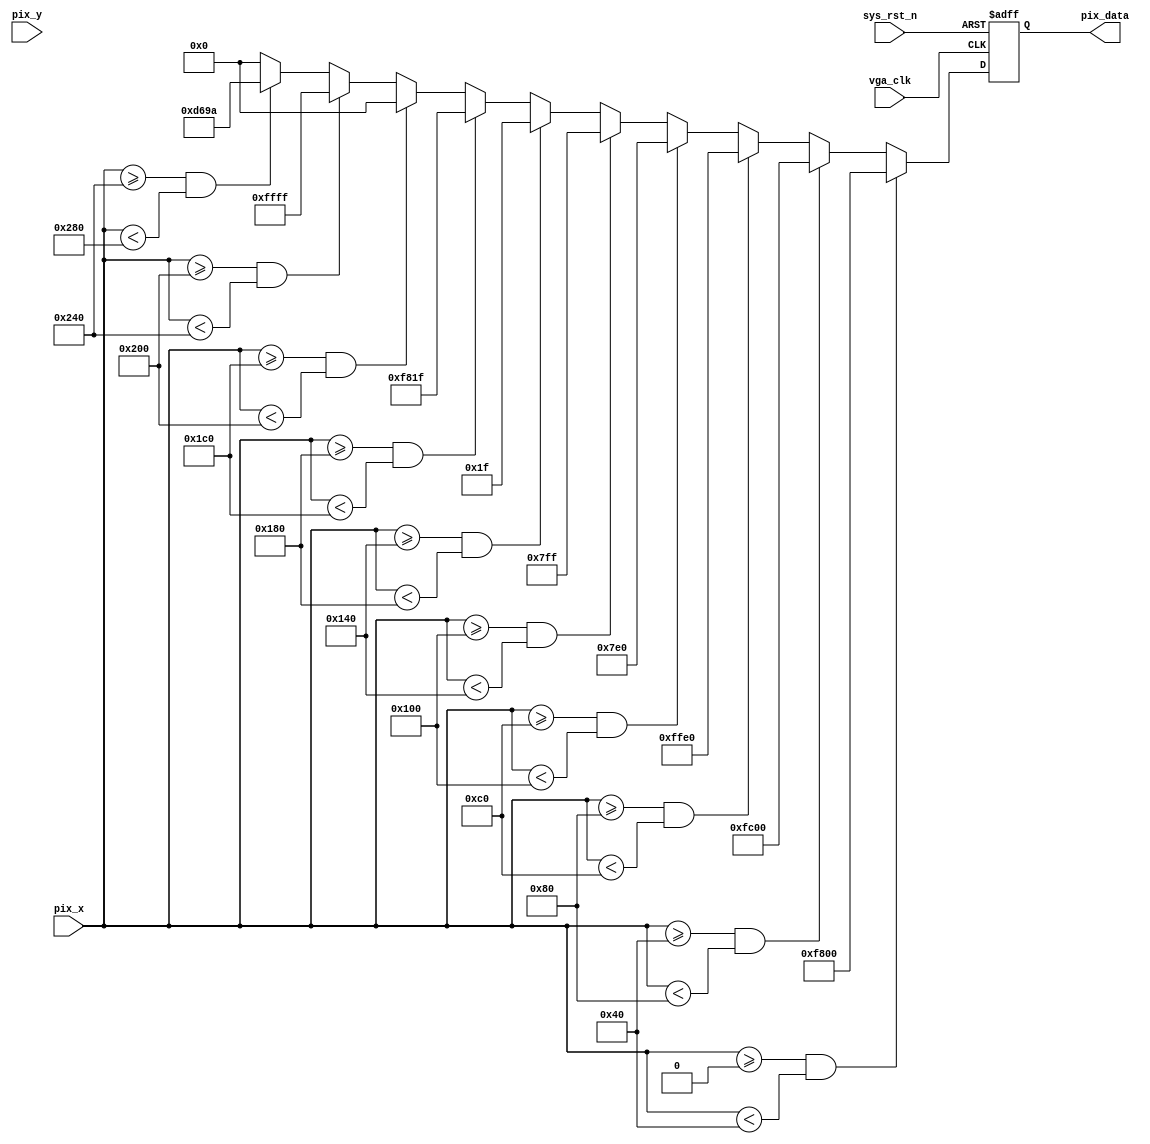
module  vga_pic
(
    input   wire            vga_clk     ,
    input   wire            sys_rst_n   ,
    input   wire    [9:0]   pix_x       ,
    input   wire    [9:0]   pix_y       ,

    output  reg     [15:0]  pix_data
);

parameter   H_VALID = 10'd640,
            V_VALID = 10'D480;

parameter   RED     = 16'hF800,
            ORANGE  = 16'hFC00,
            YELLOW  = 16'hFFE0,
            GREEN   = 16'h07E0,
            CYAN    = 16'h07FF,
            BLUE    = 16'h001F,
            PURPPLE = 16'hF81F,
            BLACK   = 16'h0000,
            WHITE   = 16'hFFFF,
            GRAY    = 16'hD69A;

always@(posedge vga_clk or negedge sys_rst_n)
    if(sys_rst_n == 1'b0)
        pix_data    <=  BLACK;
    else    if(pix_x >= 0 && pix_x < ((H_VALID / 10) * 1))
        pix_data    <=  RED;
    else    if(pix_x >= ((H_VALID / 10) * 1) && pix_x < ((H_VALID / 10) * 2))
        pix_data    <=  ORANGE;
    else    if(pix_x >= ((H_VALID / 10) * 2) && pix_x < ((H_VALID / 10) * 3))
        pix_data    <=  YELLOW;
    else    if(pix_x >= ((H_VALID / 10) * 3) && pix_x < ((H_VALID / 10) * 4))
        pix_data    <=  GREEN;
    else    if(pix_x >= ((H_VALID / 10) * 4) && pix_x < ((H_VALID / 10) * 5))
        pix_data    <=  CYAN;
    else    if(pix_x >= ((H_VALID / 10) * 5) && pix_x < ((H_VALID / 10) * 6))
        pix_data    <=  BLUE;
    else    if(pix_x >= ((H_VALID / 10) * 6) && pix_x < ((H_VALID / 10) * 7))
        pix_data    <=  PURPPLE;
    else    if(pix_x >= ((H_VALID / 10) * 7) && pix_x < ((H_VALID / 10) * 8))
        pix_data    <=  BLACK;
    else    if(pix_x >= ((H_VALID / 10) * 8) && pix_x < ((H_VALID / 10) * 9))
        pix_data    <=  WHITE;
    else    if(pix_x >= ((H_VALID / 10) * 9) && pix_x < H_VALID)
        pix_data    <=  GRAY;
    else
        pix_data    <=  BLACK;

endmodule